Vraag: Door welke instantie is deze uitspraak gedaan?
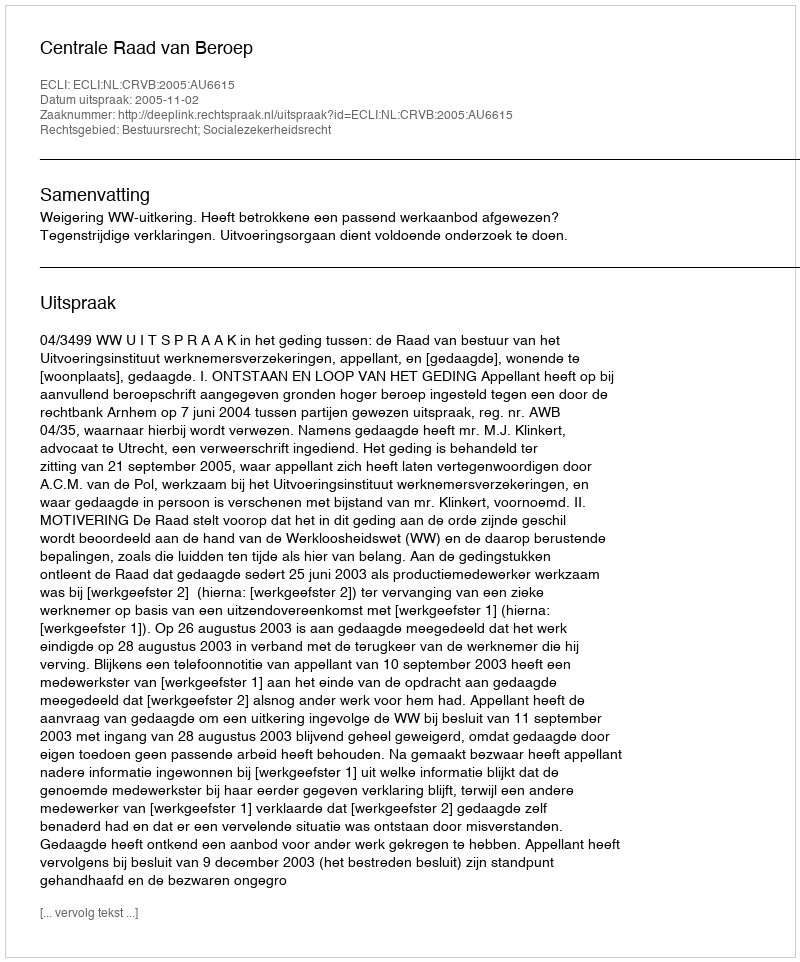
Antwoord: Centrale Raad van Beroep